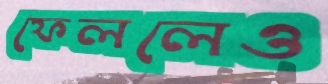
ফেললেও